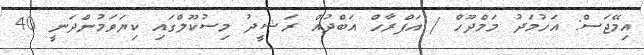
އިމޭޖަސް: އަހުމަދު މަމްދޫހް / އަފްރާހް އަބްދުއް ރަޝީދު މިސުކޫލްގައި ކިޔަވަމުންދަނީ 40